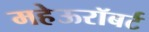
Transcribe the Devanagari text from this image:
महेऊरॉबर्ट